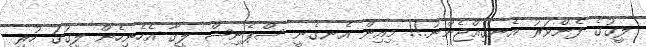
ލީގުގެ ފެންވަރު އެނގިއްޖެންނު.!! މިއިން އެނގެނީ ސްޕެނިޝް ލީގާ އެހެނިހެން ލީގުގަ ހުރި